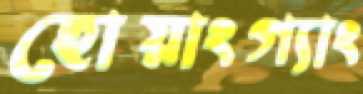
হোয়াংগ্যাং